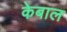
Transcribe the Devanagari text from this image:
केबाल